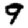
Digit: 9